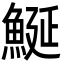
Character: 鯅